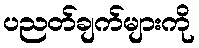
ပညတ်ချက်များကို